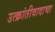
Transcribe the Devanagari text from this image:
उत्क्रांतीवादाचा